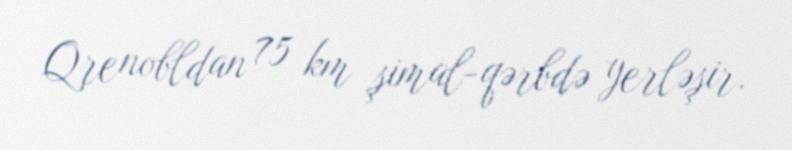
Qrenobldan 75 km şimal-qərbdə yerləşir.